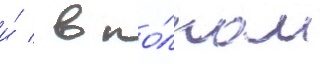
и́ / в по́лном